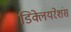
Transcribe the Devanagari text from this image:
डिक्लेयरेशंस